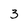
Character: 3